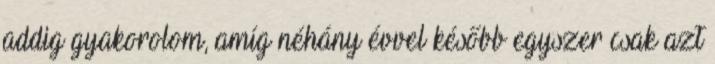
addig gyakorolom, amíg néhány évvel később egyszer csak azt